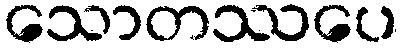
သောတဿပေ